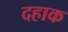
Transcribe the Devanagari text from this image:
दहाक